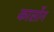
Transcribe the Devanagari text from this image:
कार्सोन